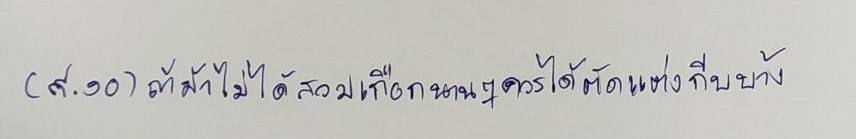
(๙.๑๐)ถ้าม้าไม่ได้สวมเกือกนานๆควรได้ตัดแต่งกีบบ้าง